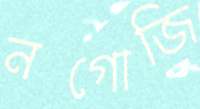
নগোজি